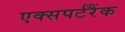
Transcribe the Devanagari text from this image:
एक्सपर्टरैंक